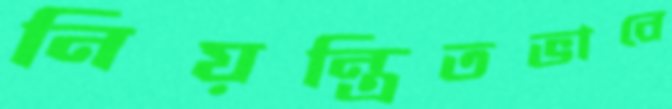
নিয়ন্ত্রিতভাবে